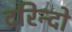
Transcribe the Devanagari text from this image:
दरिन्‍दो